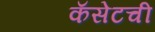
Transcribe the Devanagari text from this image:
कॅसेटची